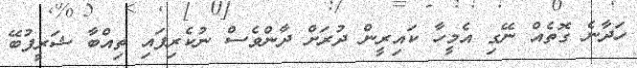
ހަދާނެ ގޮތެއް ނޭގި އެމީހާ ކައިރީން ދުރަށް ދާންވެސް ނުކެރިފައި ތިއްބާ ޝަރީފުބޭ